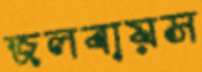
জলবায়স